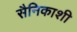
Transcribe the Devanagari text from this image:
सैनिकाशी